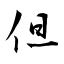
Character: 但